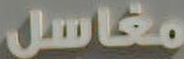
مغاسل